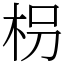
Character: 枴